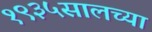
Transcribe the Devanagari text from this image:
१९३५सालच्या